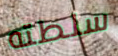
سلطته